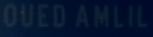
OUEDAMLIL